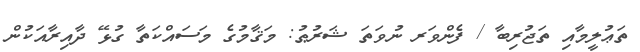
ތަޢުލީމާއި ތަޖުރިބާ / ފެންވަރ ނުވަތަ ޝަރުޠު: މަޤާމުގެ މަސައްކަތާ ގުޅޭ ދާއިރާއަކުން